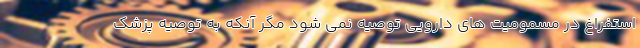
استفراغ در مسمومیت های دارویی توصیه نمی شود مگر آنکه به توصیه پزشک